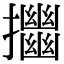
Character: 𢹴